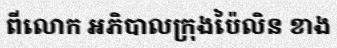
ពីលោក អភិបាលក្រុងប៉ៃលិន ខាង